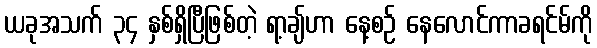
ယခုအသက် ၃၄ နှစ်ရှိပြီဖြစ်တဲ့ ရာ့ချ်ဟာ နေ့စဉ် နေလောင်ကာခရင်မ်ကို